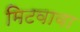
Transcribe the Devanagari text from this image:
मिटवावा